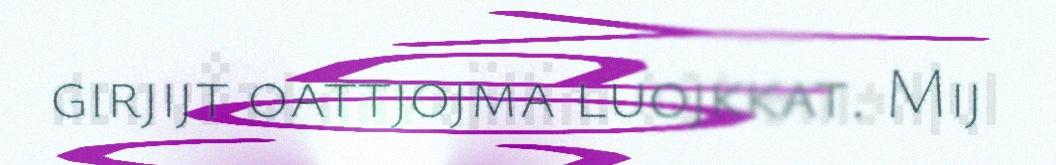
girjijt oattjojma luojkkat. Mij